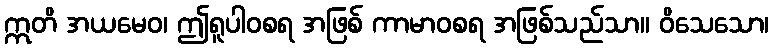
ဣတိ အယမေဝ၊ ဤရူပါဝစရ အဖြစ် ကာမာဝစရ အဖြစ်သည်သာ။ ဝိသေသော၊